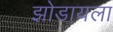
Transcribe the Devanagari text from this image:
झोडायला